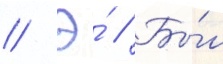
// Э́ // Бы́л